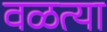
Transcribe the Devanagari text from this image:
वळत्या